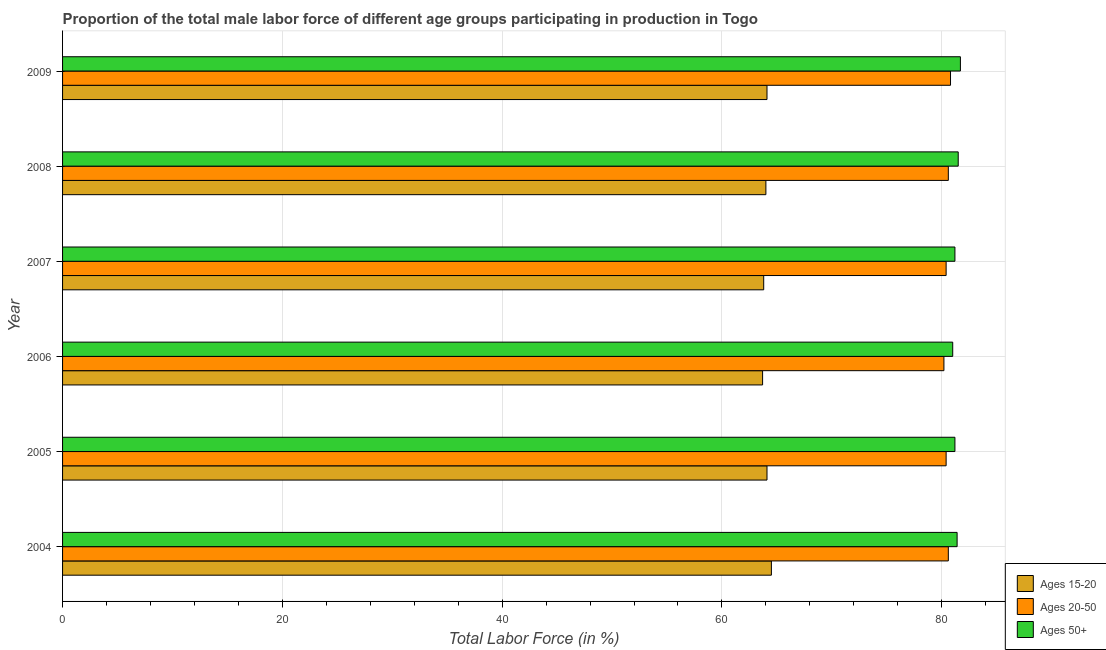
| Year | Ages 15-20 | Ages 20-50 | Ages 50+ |
 | --- | --- | --- | --- |
 | 2004 | 64.5 | 80.6 | 81.4 |
 | 2005 | 64.1 | 80.4 | 81.2 |
 | 2006 | 63.7 | 80.2 | 81 |
 | 2007 | 63.8 | 80.4 | 81.2 |
 | 2008 | 64 | 80.6 | 81.5 |
 | 2009 | 64.1 | 80.8 | 81.7 |